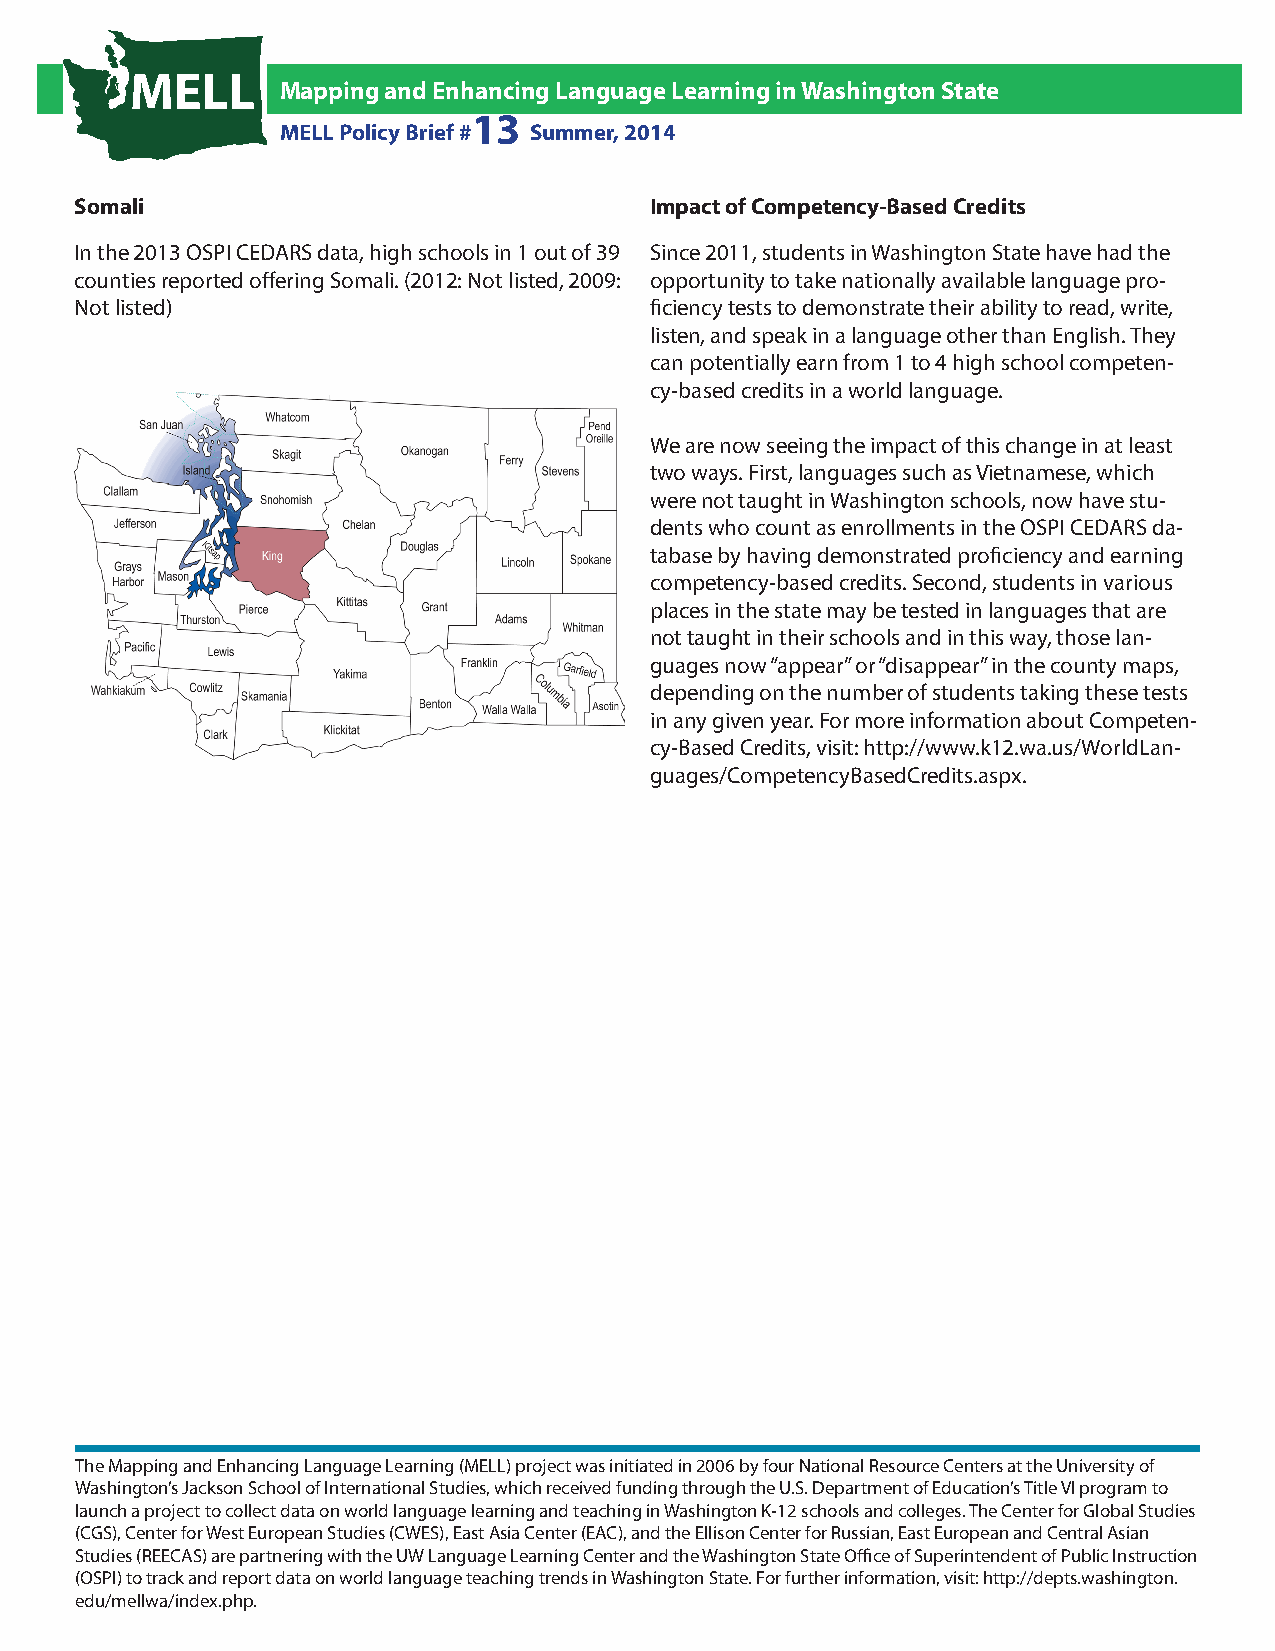
MELL
 Mapping and Enhancing Language Learning in Washington State
 13
 MELL Policy Brief # Summer, 2014
 Somali                                Impact of Competency-Based Credits
 In the 2013 OSPI CEDARS data, high schools in 1 out of 39 Since 2011, students in Washington State have had the
 counties reported offering Somali. (2012: Not listed, 2009: opportunity to take nationally available language pro-
 Not listed)                           ficiency tests to demonstrate their ability to read, write,
 listen, and speak in a language other than English. They
 can potentially earn from 1 to 4 high school competen-
 cy-based credits in a world language.
 We are now seeing the impact of this change in at least
 two ways. First, languages such as Vietnamese, which
 were not taught in Washington schools, now have stu-
 dents who count as enrollments in the OSPI CEDARS da-
 tabase by having demonstrated proficiency and earning
 competency-based credits. Second, students in various
 places in the state may be tested in languages that are
 not taught in their schools and in this way, those lan-
 guages now “appear” or “disappear” in the county maps,
 depending on the number of students taking these tests
 in any given year. For more information about Competen-
 cy-Based Credits, visit: http://www.k12.wa.us/WorldLan-
 guages/CompetencyBasedCredits.aspx.
 The Mapping and Enhancing Language Learning (MELL) project was initiated in 2006 by four National Resource Centers at the University of
 Washington’s Jackson School of International Studies, which received funding through the U.S. Department of Education’s Title VI program to
 launch a project to collect data on world language learning and teaching in Washington K-12 schools and colleges. The Center for Global Studies
 (CGS), Center for West European Studies (CWES), East Asia Center (EAC), and the Ellison Center for Russian, East European and Central Asian
 Studies (REECAS) are partnering with the UW Language Learning Center and the Washington State Office of Superintendent of Public Instruction
 (OSPI) to track and report data on world language teaching trends in Washington State. For further information, visit: http://depts.washington.
 edu/mellwa/index.php.